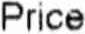
PRICE